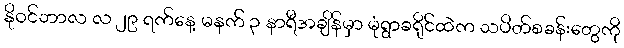
နိုဝင်ဘာလ လ ၂၉ ရက်နေ့ မနက် ၃ နာရီအချိန်မှာ မုံရွာခရိုင်ထဲက သပိတ်စခန်းတွေကို